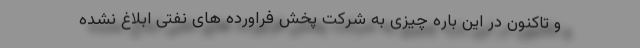
و تاکنون در این باره چیزی به شرکت پخش فراورده های نفتی ابلاغ نشده